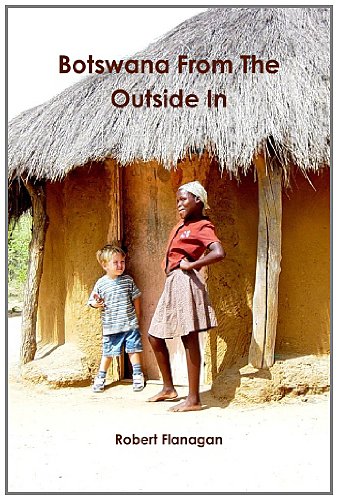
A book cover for Botswana From The Outside In; Mr Robert Flanagan; Travel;